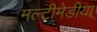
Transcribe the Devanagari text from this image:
मल्टीमेडीया